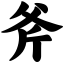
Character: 斧